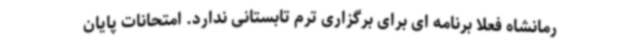
رمانشاه فعلا برنامه ای برای برگزاری ترم تابستانی ندارد. امتحانات پایان